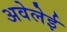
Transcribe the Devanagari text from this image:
अवेलेई